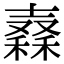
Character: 𥢮